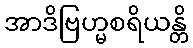
အာဒိဗြဟ္မစရိယန္တိ